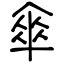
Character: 傘